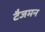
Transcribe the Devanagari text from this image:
टैजमन